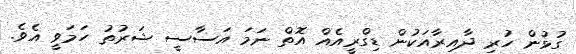
ގުޅުން ހުރި ދާއިރާއަކުން ޑިގްރީއެއް އޮތް ނަމަ އަސާސީ ޝަރުތު ހަމަވީ އެވެ.